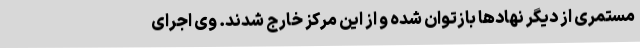
مستمری از دیگر نهادها بازتوان شده و از این مرکز خارج شدند. وی اجرای